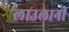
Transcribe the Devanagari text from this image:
लाउलानी